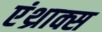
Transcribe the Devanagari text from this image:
एंथ्राक्स